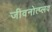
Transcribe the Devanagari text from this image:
जीवनोत्प्लव